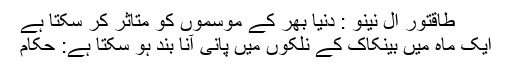
طاقتور ال نینو : دنیا بھر کے موسموں کو متاثر کر سکتا ہے
ایک ماہ میں بینکاک کے نلکوں میں پانی آنا بند ہو سکتا ہے: حکام